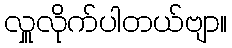
လှူလိုက်ပါတယ်ဗျာ။